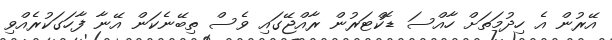
އޭރުން އެ ހިދުމަތަށް ހާއްސަ ޑޮކްޓަރުން ރާއްޖޭގައި ވެސް ތިބޭނެކަން އޭނާ ފާހަގަކުރެއްވި